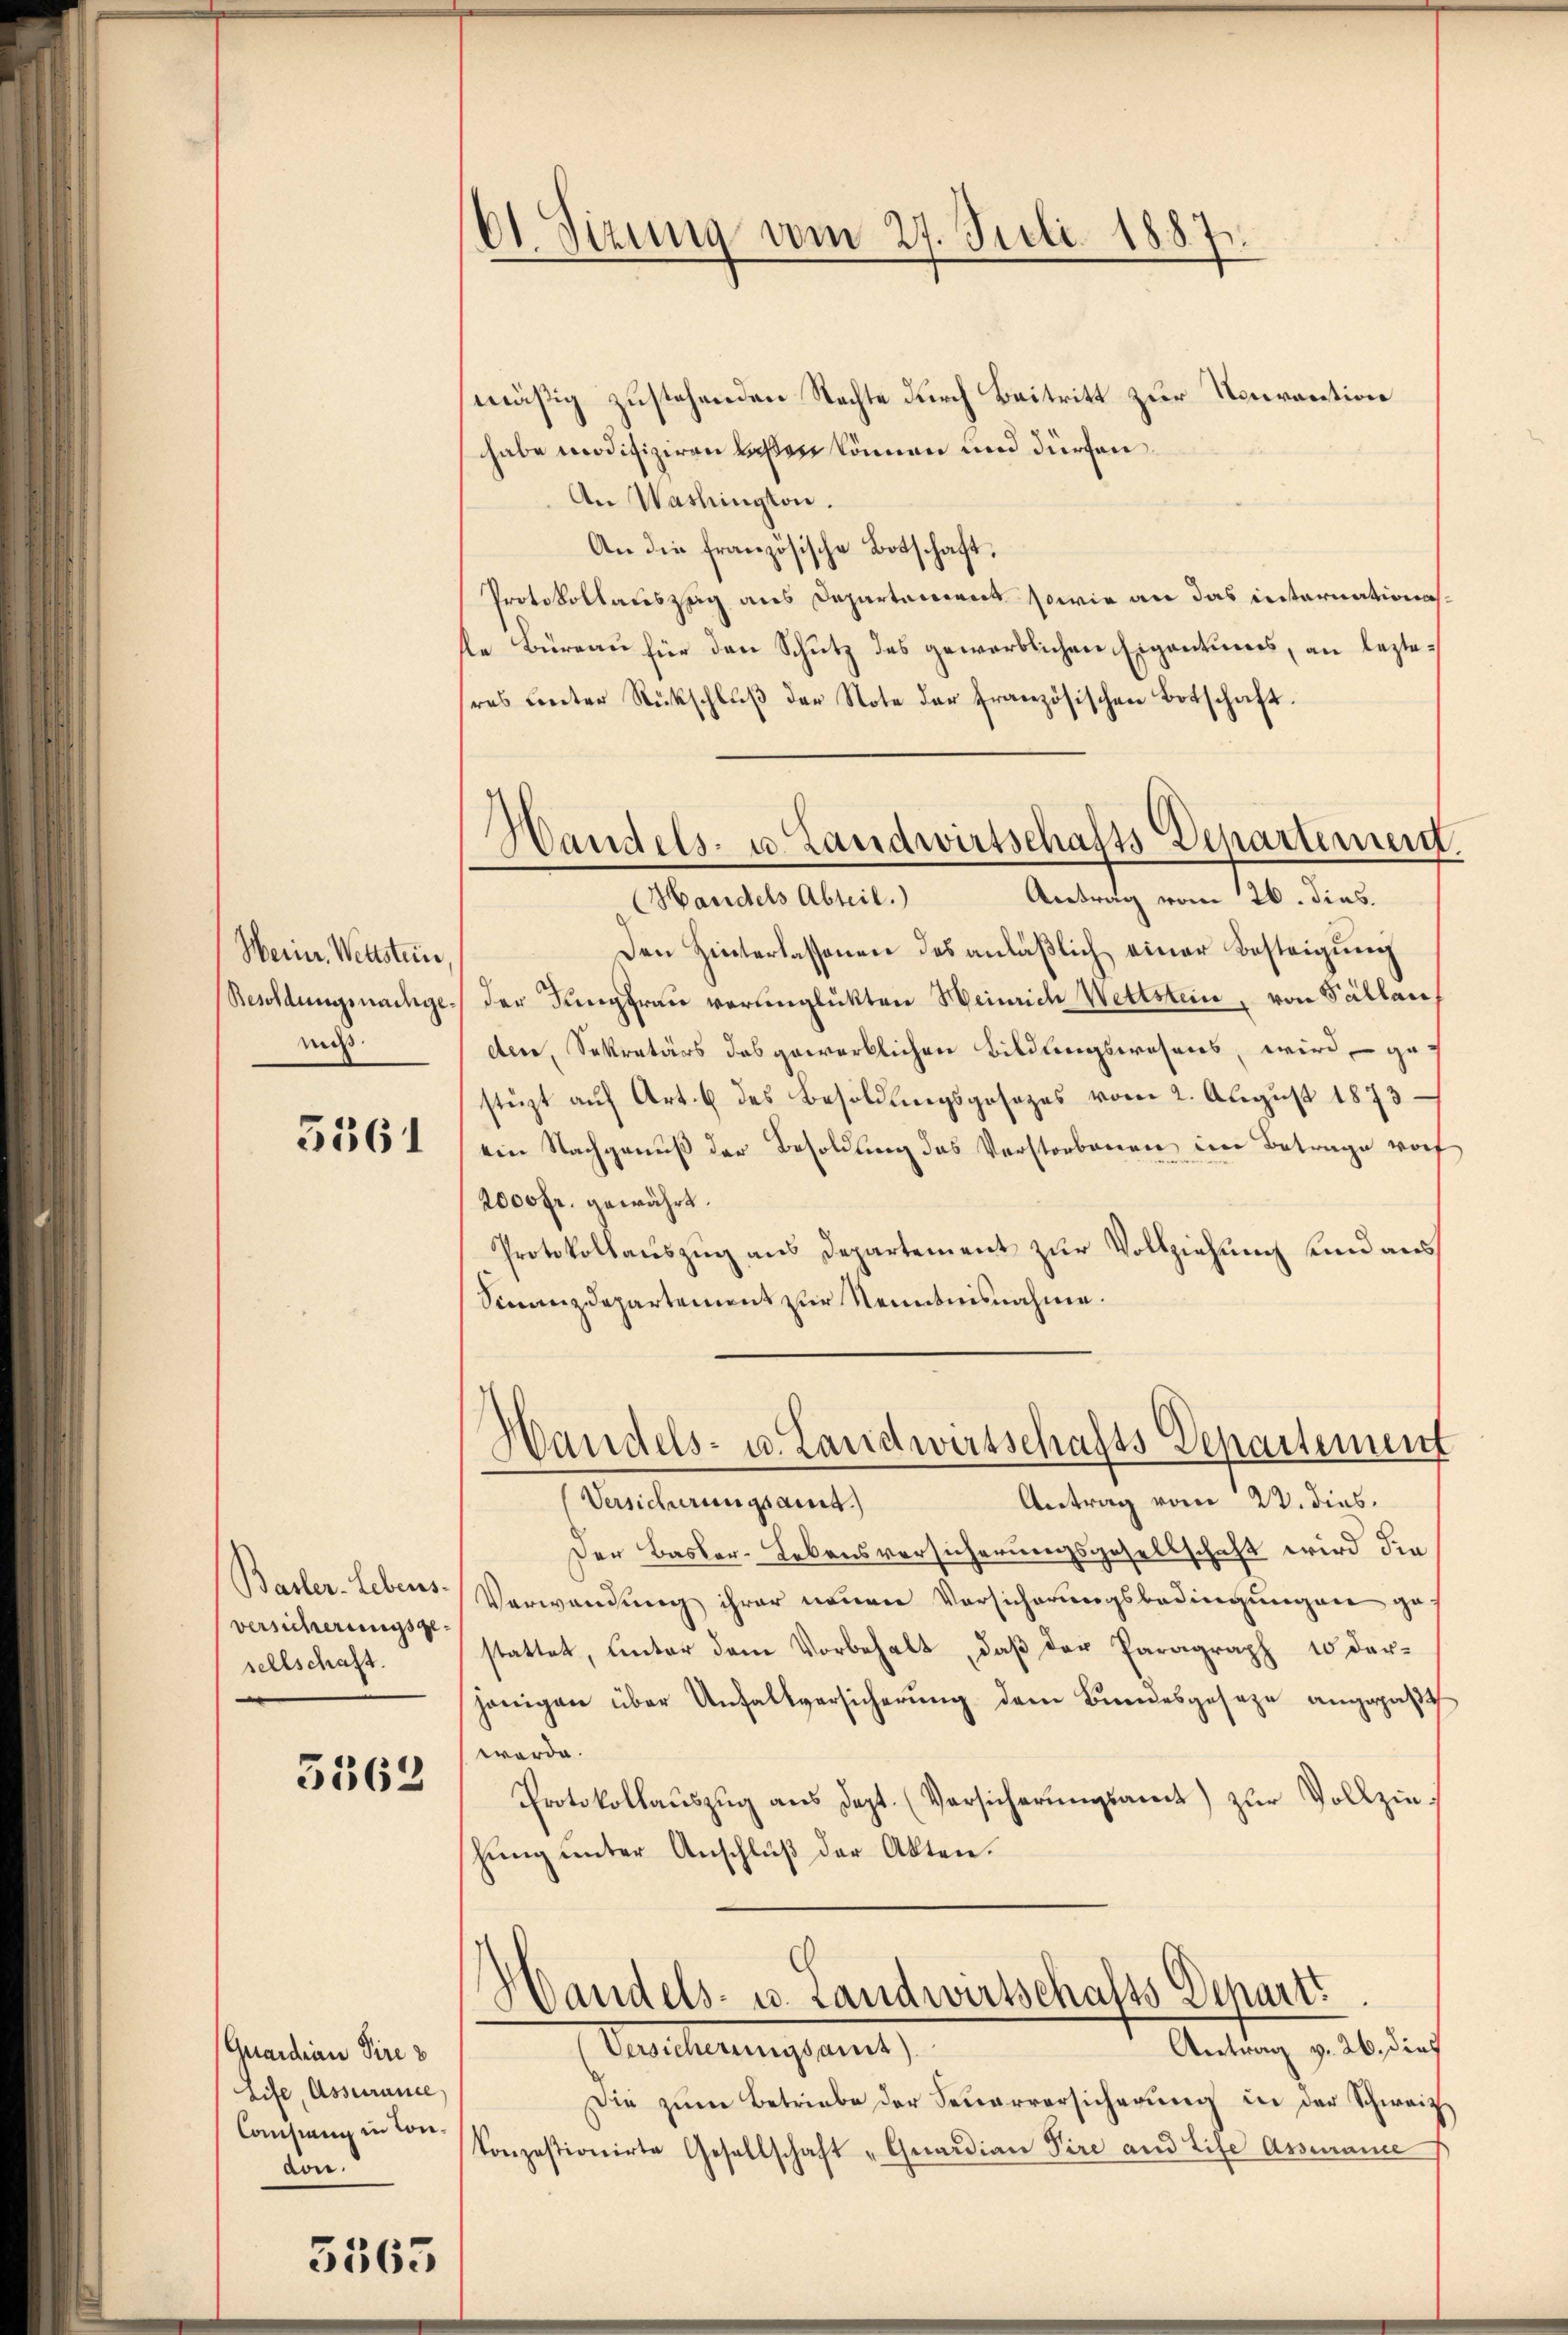
Werne. Wettstein,
Besoldungsnachge-
nicht.

5561

Basler-Lebens.
versicherungsgesellschaft.

3362

Quaidin Dire
Life, Assecrance
Consinn in Condon.

5565

Ot. Sizung vom 27. Juli 1887.

Handels- u Landwirtschafts Departement
Handels Abteil. Antrag vom 26. dies.

mäßig zustehenden Nachte durch Beitritt zur Nouvantion
habe modifiziren laßen können und dürfen.
An Washington.
An die französische Botschaft,
Protokollauszug aus Departement sowie an das internation.
le Büreau für den Schutz des gewerblichen Eigentumes, an lezteres unter Rückschlŭβ der Note der französischen Botschaft.
Den Hinterlassenen des anläβlich einer Besteigung
der Jungfrau verunglükten Weinrich Wettstein, von Sallauf
der, Sekretärs das gewerblichen Bildungswesens, wird gef
stüzt aŭf Art. 6 des Besoldungsgesezes vom 2. August 1873
ein Nachgenuß der Besoldung des Verstorbenen ein Betrage vorf
2000 fr. gewährt.
Protokollauszug aus Departement zur Vollziehung und aus
Sinanzdepartement zur Kenntnisnahme.
Handels- u. Landwirtschafts Departement
Versicherungsant.)
Antrag vom 22. dies
Der Basler-Lebensversicherungsgesellschaft wird die
Verwendung ihrer neuen Vorsicherungsbedingungen ge
stattet, unter dem Vorbehalt, daβ der Paragraph 10 der-
hänigen über Unfallversicherŭng dem Bundesgeseze angepaßt
werde.
Protokollaŭszŭg ans dept. (Vorsicherungsamt zur Vollzinhung unter Anschluß der Akten.

Handels- u. Landwirtschalss Dchartt

Antrag v. 26. dies
Verscherungsant,
Die zum Betriebe der Feuerversicherung in der Schweiz
konzessionirte Gesellschaft „Quaidian Pire und Life Assmanne